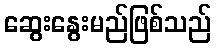
ဆွေးနွေးမည်ဖြစ်သည်